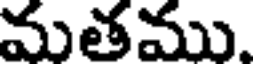
మతము.